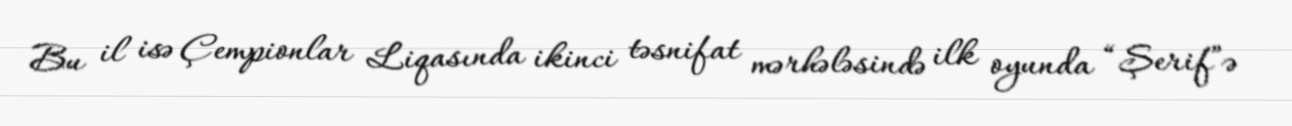
Bu il isə Çempionlar Liqasında ikinci təsnifat mərhələsində ilk oyunda “Şerif”ə